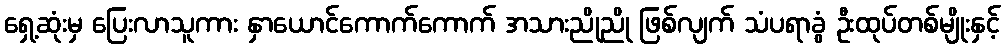
ရှေ့ဆုံးမှ ပြေးလာသူကား နှာယောင်ကောက်ကောက် အသားညိုညို ဖြစ်လျက် သံပရာခွံ ဦးထုပ်တစ်မျိုးနှင့်